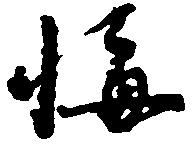
悔